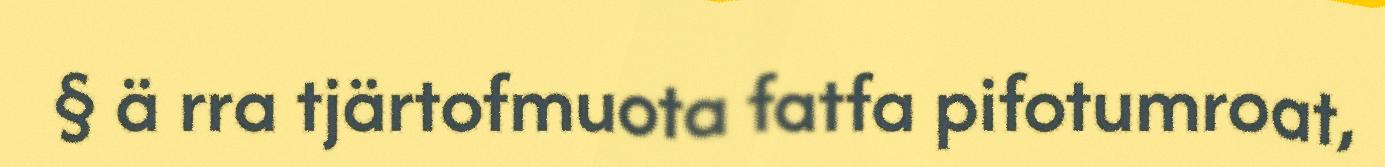
§ ä rra tjärtofmuota fatfa pifotumroat,